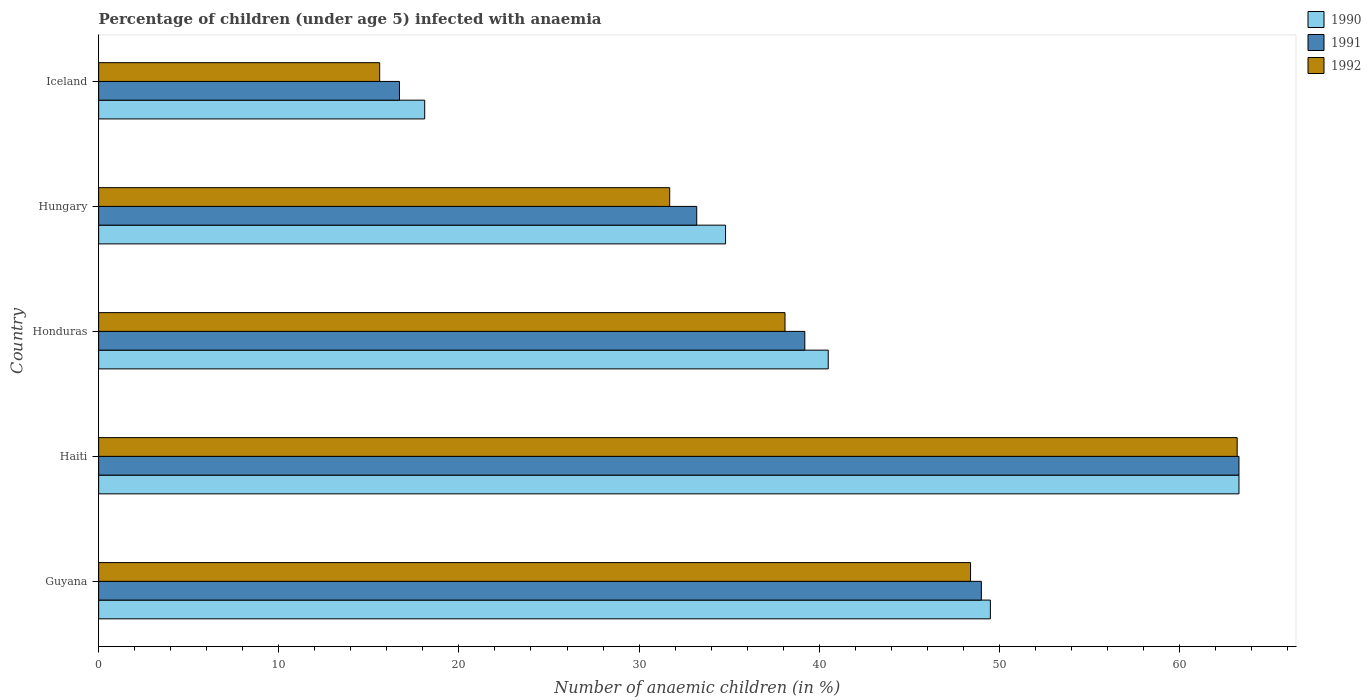
| Country | 1990 | 1991 | 1992 |
 | --- | --- | --- | --- |
 | Guyana | 49.5 | 49 | 48.4 |
 | Haiti | 63.3 | 63.3 | 63.2 |
 | Honduras | 40.5 | 39.2 | 38.1 |
 | Hungary | 34.8 | 33.2 | 31.7 |
 | Iceland | 18.1 | 16.7 | 15.6 |